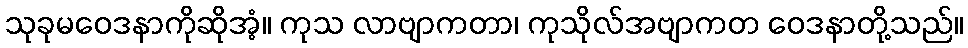
သုခုမဝေဒနာကိုဆိုအံ့။ ကုသ လာဗျာကတာ၊ ကုသိုလ်အဗျာကတ ဝေဒနာတို့သည်။